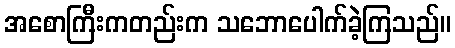
အစောကြီးကတည်းက သဘောပေါက်ခဲ့ကြသည်။